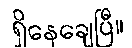
ရှိနေချေပြီ။